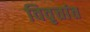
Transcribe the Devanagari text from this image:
विवृत्तांत